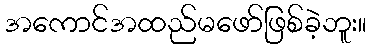
အကောင်အထည်မဖော်ဖြစ်ခဲ့ဘူး။